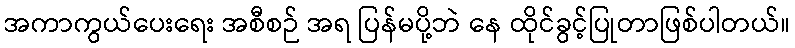
အကာကွယ်ပေးရေး အစီစဉ် အရ ပြန်မပို့ဘဲ နေ ထိုင်ခွင့်ပြုတာဖြစ်ပါတယ်။